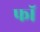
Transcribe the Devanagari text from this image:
फॉ